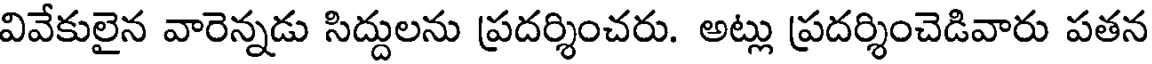
వివేకులైన వారెన్నడు సిద్దులను ప్రదర్శించరు. అట్లు ప్రదర్శించెడివారు పతన